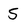
Character: 5